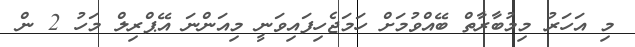
މި އަހަރު މިމުބާރާތް ބޭއްވުމަށް ހަމަޖެހިފައިވަނީ މިއަންނަ އޭޕްރިލް މަހު 2 ން